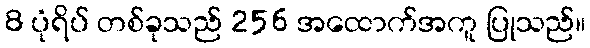
8 ပုံရိပ် တစ်ခုသည် 256 အထောက်အကူ ပြုသည်။